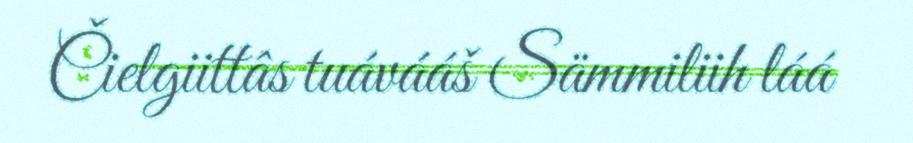
Čielgiittâs tuávááš Sämmiliih láá